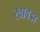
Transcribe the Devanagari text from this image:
खावडा